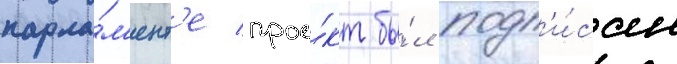
парла́м'ент'е прое́кт бы́л подп'и́сан